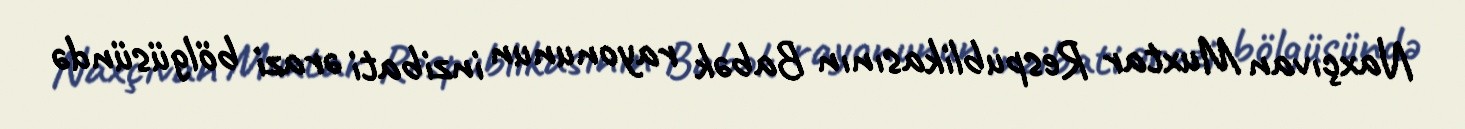
Naxçıvan Muxtar Respublikasının Babək rayonunun inzibati ərazi bölgüsündə